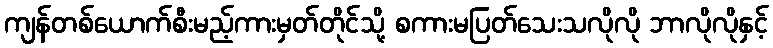
ကျန်တစ်ယောက်စီးမည့်ကားမှတ်တိုင်သို့ စကားမပြတ်သေးသလိုလို ဘာလိုလိုနှင့်